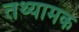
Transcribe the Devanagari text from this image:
तथ्यामक